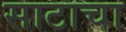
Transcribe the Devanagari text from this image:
साटाचा